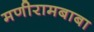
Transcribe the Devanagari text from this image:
मणीरामबाबा